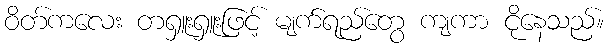
ဝိတ်ကလေး တရှူးရှူးဖြင့် မျက်ရည်တွေ ကျကာ ငိုနေသည်။